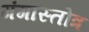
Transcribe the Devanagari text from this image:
गंगास्तोत्र